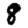
Digit: 8